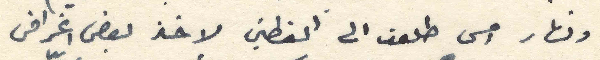
ونهار امس طلعت الى القطين لاخذ بعض اغراض